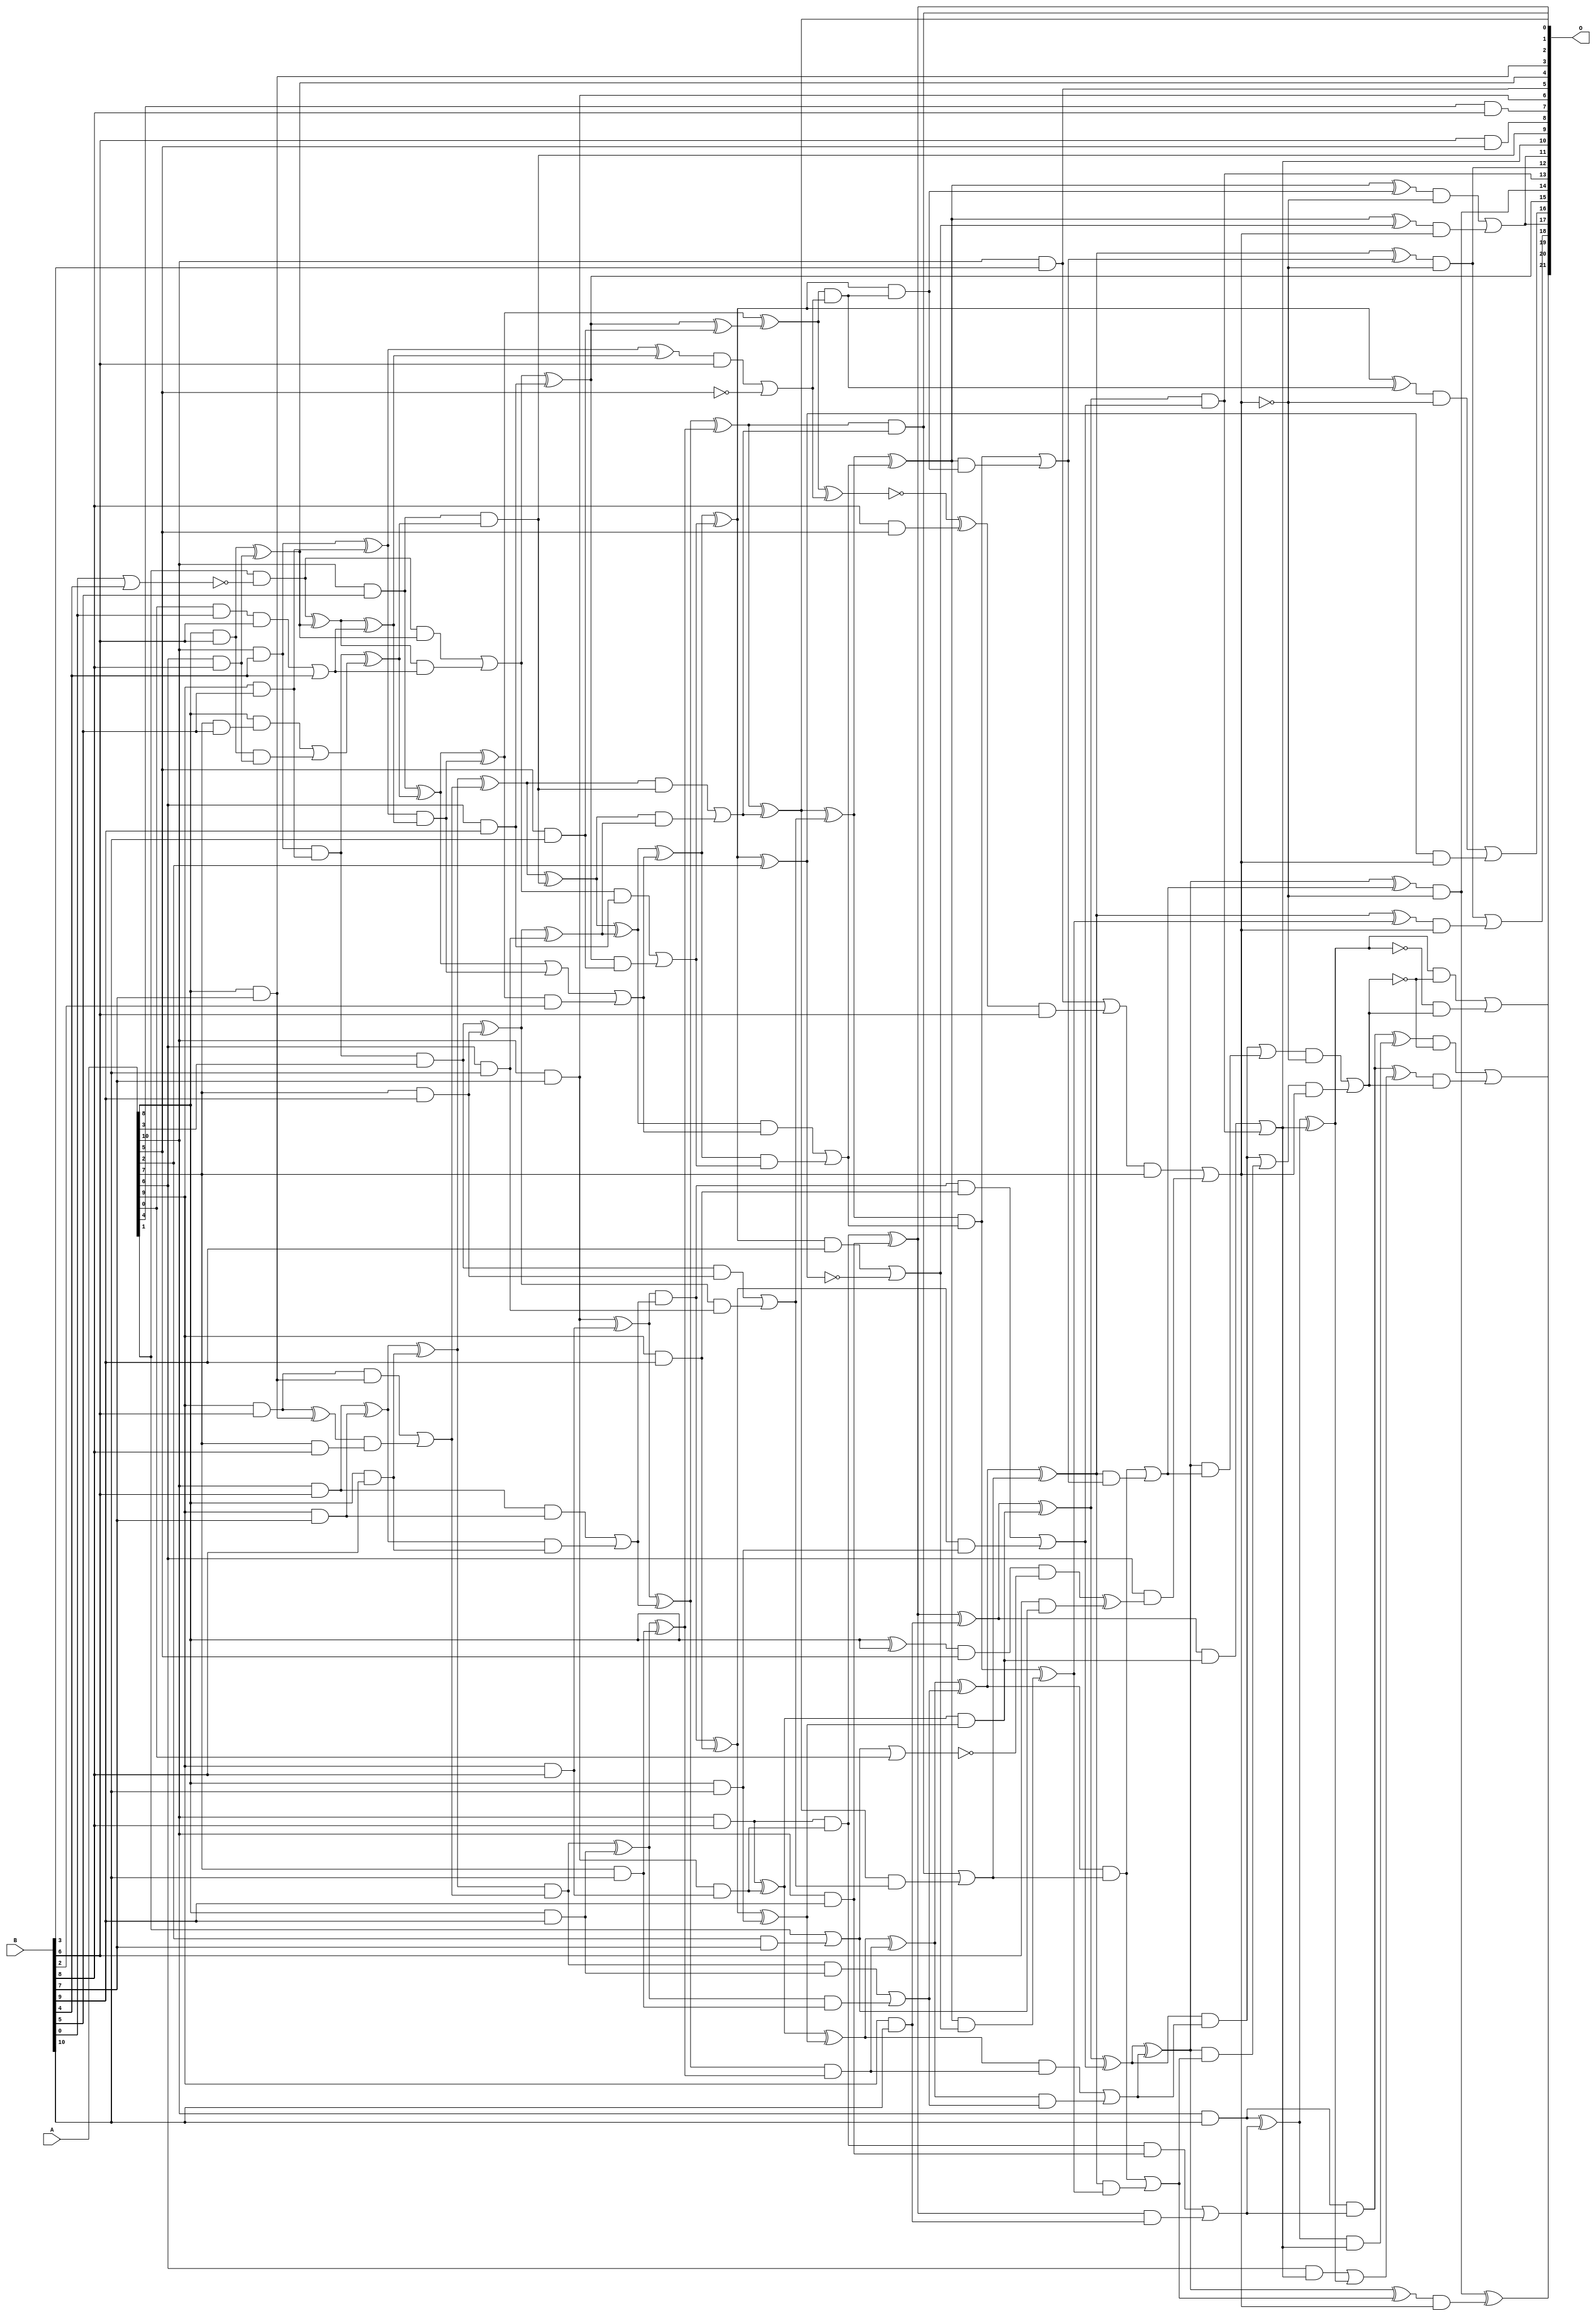
// This program was cloned from: https://github.com/ehw-fit/evoapproxlib
// License: MIT License

/***
* This code is a part of EvoApproxLib library (ehw.fit.vutbr.cz/approxlib) distributed under The MIT License.
* When used, please cite the following article(s): V. Mrazek, S. S. Sarwar, L. Sekanina, Z. Vasicek and K. Roy, "Design of power-efficient approximate multipliers for approximate artificial neural networks," 2016 IEEE/ACM International Conference on Computer-Aided Design (ICCAD), Austin, TX, 2016, pp. 1-7. doi: 10.1145/2966986.2967021 
* This file contains a circuit from a sub-set of pareto optimal circuits with respect to the pwr and ep parameters
***/
// MAE% = 1.18 %
// MAE = 49343 
// WCE% = 6.03 %
// WCE = 252964 
// WCRE% = 3051.52 %
// EP% = 99.90 %
// MRE% = 19.95 %
// MSE = 37290.89e5 
// PDK45_PWR = 0.236 mW
// PDK45_AREA = 524.2 um2
// PDK45_DELAY = 1.13 ns


module mul11u_0DX(A, B, O);
  input [10:0] A, B;
  output [21:0] O;
  wire [10:0] A, B;
  wire [21:0] O;
  wire sig_75, sig_76, sig_86, sig_87, sig_95, sig_96;
  wire sig_97, sig_98, sig_106, sig_107, sig_108, sig_109;
  wire sig_116, sig_117, sig_118, sig_119, sig_120, sig_127;
  wire sig_128, sig_129, sig_130, sig_131, sig_137, sig_138;
  wire sig_139, sig_140, sig_141, sig_142, sig_235, sig_238;
  wire sig_239, sig_240, sig_269, sig_272, sig_273, sig_274;
  wire sig_275, sig_277, sig_278, sig_279, sig_280, sig_282;
  wire sig_283, sig_284, sig_285, sig_286, sig_287, sig_288;
  wire sig_289, sig_376, sig_377, sig_378, sig_379, sig_380;
  wire sig_381, sig_382, sig_384, sig_385, sig_386, sig_387;
  wire sig_388, sig_389, sig_390, sig_391, sig_420, sig_441;
  wire sig_442, sig_444, sig_473, sig_474, sig_475, sig_476;
  wire sig_477, sig_478, sig_479, sig_480, sig_481, sig_482;
  wire sig_483, sig_484, sig_485, sig_486, sig_487, sig_488;
  wire sig_489, sig_490, sig_491, sig_493, sig_494, sig_495;
  wire sig_496, sig_538, sig_539, sig_540, sig_542, sig_543;
  wire sig_544, sig_545, sig_546, sig_547, sig_548, sig_549;
  wire sig_550, sig_551, sig_552, sig_553, sig_554, sig_555;
  wire sig_556, sig_575, sig_591, sig_592, sig_593, sig_595;
  wire sig_596, sig_597, sig_598, sig_599, sig_600, sig_601;
  wire sig_604, sig_605, sig_606, sig_607, sig_608, sig_609;
  wire sig_610, sig_611, sig_612, sig_613, sig_615, sig_617;
  wire sig_618, sig_621, sig_623, sig_625, sig_652, sig_655;
  wire sig_691, sig_692, sig_693, sig_694, sig_707, sig_708;
  wire sig_709, sig_711, sig_748, sig_749, sig_750, sig_751;
  wire sig_752, sig_753, sig_754, sig_755, sig_756, sig_757;
  wire sig_758, sig_759, sig_760, sig_761, sig_762, sig_763;
  wire sig_764, sig_765, sig_766, sig_767, sig_768, sig_769;
  wire sig_770, sig_771, sig_772, sig_773, sig_774, sig_775;
  wire sig_776, sig_777, sig_778, sig_779, sig_780, sig_781;
  wire sig_782, sig_783, sig_784, sig_785, sig_786, sig_787;
  wire sig_788, sig_789, sig_791, sig_792, sig_793, sig_795;
  wire sig_797, sig_799, sig_801, sig_803, sig_804, sig_805;
  wire sig_806, sig_807, sig_808, sig_810, sig_811, sig_812;
  wire sig_813, sig_814, sig_816, sig_817, sig_818, sig_819;
  wire sig_821, sig_822, sig_823;
  assign O[3] = A[8] & B[7];
  assign sig_75 = !(B[0] | B[4]);
  assign sig_76 = A[10] & B[4];
  assign sig_86 = A[9] & B[5];
  assign sig_87 = A[10] & B[5];
  assign sig_95 = A[0] & B[0];
  assign sig_96 = A[8] & B[6];
  assign sig_97 = A[9] & B[6];
  assign sig_98 = A[10] & B[6];
  assign sig_106 = A[7] & B[5];
  assign sig_107 = A[8] & B[7];
  assign sig_108 = A[9] & B[7];
  assign sig_109 = A[10] & B[7];
  assign O[7] = A[4] & B[8];
  assign sig_116 = A[6] & B[8];
  assign sig_117 = A[7] & B[8];
  assign sig_118 = A[8] & B[8];
  assign sig_119 = A[9] & B[8];
  assign sig_120 = A[10] & B[8];
  assign sig_127 = A[6] & B[9];
  assign sig_128 = A[7] & B[9];
  assign sig_129 = A[8] & B[9];
  assign sig_130 = A[9] & B[9];
  assign sig_131 = A[10] & B[9];
  assign sig_137 = A[5] & B[10];
  assign sig_138 = A[6] & B[10];
  assign sig_139 = A[7] & B[10];
  assign sig_140 = A[8] & B[10];
  assign sig_141 = A[9] & B[10];
  assign sig_142 = A[10] & B[10];
  assign O[8] = B[6] & A[5];
  assign sig_235 = A[1] & sig_75;
  assign sig_238 = sig_235;
  assign sig_239 = sig_76 & sig_86;
  assign sig_240 = sig_76 ^ sig_86;
  assign O[6] = B[7] & A[10];
  assign sig_269 = sig_95 & B[6];
  assign sig_272 = sig_269 | B[4];
  assign sig_273 = sig_96;
  assign sig_274 = A[8] & sig_106;
  assign sig_275 = sig_273 & sig_116;
  assign O[4] = sig_273 ^ sig_116;
  assign sig_277 = sig_274 | sig_275;
  assign sig_278 = sig_97 ^ sig_107;
  assign sig_279 = sig_97 & sig_107;
  assign sig_280 = sig_278 & sig_117;
  assign sig_282 = sig_279 | sig_280;
  assign sig_283 = sig_98 ^ sig_108;
  assign sig_284 = sig_98 & sig_108;
  assign sig_285 = sig_283 & sig_118;
  assign sig_286 = sig_283 ^ sig_118;
  assign sig_287 = sig_284 | sig_285;
  assign sig_288 = sig_109 & sig_119;
  assign sig_289 = sig_109 ^ sig_119;
  assign sig_376 = sig_238 ^ O[4];
  assign sig_377 = sig_238 & O[4];
  assign sig_378 = sig_376 & sig_272;
  assign sig_379 = sig_376 ^ sig_272;
  assign sig_380 = sig_377 | sig_378;
  assign sig_381 = sig_239;
  assign sig_382 = sig_239 & A[3];
  assign sig_384 = sig_381 ^ sig_277;
  assign sig_385 = sig_382;
  assign sig_386 = sig_286 & sig_282;
  assign sig_387 = sig_286 ^ sig_282;
  assign sig_388 = sig_289 & sig_287;
  assign sig_389 = sig_289 ^ sig_287;
  assign sig_390 = sig_120 & sig_288;
  assign sig_391 = sig_120 ^ sig_288;
  assign sig_420 = B[3];
  assign sig_441 = sig_240 & sig_379;
  assign sig_442 = sig_240 ^ sig_379;
  assign O[9] = sig_87 & sig_384;
  assign sig_444 = sig_87 ^ sig_384;
  assign O[15] = sig_380 ^ sig_127;
  assign sig_473 = sig_380 & sig_127;
  assign sig_474 = O[15] & sig_137;
  assign sig_475 = O[15] ^ sig_137;
  assign sig_476 = sig_473 | sig_474;
  assign sig_477 = sig_385 ^ sig_128;
  assign sig_478 = sig_385 & sig_128;
  assign sig_479 = sig_477 & sig_138;
  assign sig_480 = sig_477 ^ sig_138;
  assign sig_481 = sig_478 | sig_479;
  assign sig_482 = sig_386 ^ sig_129;
  assign sig_483 = sig_386 & sig_129;
  assign sig_484 = sig_482 & sig_139;
  assign sig_485 = sig_482 ^ sig_139;
  assign sig_486 = sig_483 | sig_484;
  assign sig_487 = sig_388 ^ sig_130;
  assign sig_488 = sig_388 & sig_130;
  assign sig_489 = sig_487 & sig_140;
  assign sig_490 = sig_487 ^ sig_140;
  assign sig_491 = sig_488 | sig_489;
  assign O[0] = sig_390 ^ sig_131;
  assign sig_493 = sig_390 & sig_131;
  assign sig_494 = O[0] & sig_141;
  assign sig_495 = O[0] ^ sig_141;
  assign sig_496 = sig_493 | sig_494;
  assign O[5] = A[10] & sig_420;
  assign sig_538 = A[5];
  assign sig_539 = sig_442 & B[6];
  assign sig_540 = !sig_538;
  assign sig_542 = sig_539 | sig_540;
  assign sig_543 = sig_444 ^ sig_441;
  assign sig_544 = sig_444 | sig_441;
  assign sig_545 = sig_543 & B[2];
  assign sig_546 = sig_543 ^ sig_475;
  assign sig_547 = sig_544 | sig_545;
  assign sig_548 = sig_387 ^ O[9];
  assign sig_549 = sig_387 & O[9];
  assign sig_550 = sig_548 & sig_480;
  assign sig_551 = sig_548 ^ sig_480;
  assign sig_552 = sig_549 | sig_550;
  assign sig_553 = sig_389 & sig_485;
  assign sig_554 = sig_389 ^ sig_485;
  assign sig_555 = sig_391 & sig_490;
  assign sig_556 = sig_391 ^ sig_490;
  assign sig_575 = A[8] ^ A[8];
  assign sig_591 = B[8] & A[5];
  assign sig_592 = sig_546 ^ sig_542;
  assign sig_593 = sig_546 & sig_542;
  assign sig_595 = !sig_592;
  assign sig_596 = sig_593;
  assign sig_597 = sig_551 ^ sig_547;
  assign sig_598 = sig_551 & sig_547;
  assign sig_599 = sig_597 & sig_476;
  assign sig_600 = sig_597 ^ sig_476;
  assign sig_601 = sig_598 | sig_599;
  assign O[1] = sig_554 ^ sig_552;
  assign O[2] = sig_554 & sig_552;
  assign sig_604 = O[1] & sig_481;
  assign sig_605 = O[1] ^ sig_481;
  assign sig_606 = O[2] | sig_604;
  assign sig_607 = sig_556 ^ sig_553;
  assign sig_608 = sig_556 & sig_553;
  assign sig_609 = sig_607 & sig_486;
  assign sig_610 = sig_607 ^ sig_486;
  assign sig_611 = sig_608 | sig_609;
  assign sig_612 = sig_495 ^ sig_555;
  assign sig_613 = sig_495 & sig_555;
  assign O[13] = sig_612 & sig_491;
  assign sig_615 = sig_612 ^ sig_491;
  assign O[10] = sig_613 | O[13];
  assign sig_617 = sig_142 & sig_496;
  assign sig_618 = sig_142 ^ sig_496;
  assign sig_621 = A[2];
  assign sig_623 = sig_621 & B[7];
  assign sig_625 = A[1] | sig_623;
  assign sig_652 = sig_575 & A[5];
  assign sig_655 = sig_652;
  assign sig_691 = !(sig_625 | A[0]);
  assign sig_692 = sig_655 & sig_691;
  assign sig_693 = B[6] & sig_625;
  assign sig_694 = sig_692 ^ sig_693;
  assign sig_707 = sig_595 ^ sig_591;
  assign sig_708 = B[3] & A[10];
  assign sig_709 = sig_707 & B[6];
  assign sig_711 = sig_708 | sig_709;
  assign sig_748 = sig_711 & A[7];
  assign sig_749 = A[6] & sig_694;
  assign sig_750 = sig_748 | sig_749;
  assign sig_751 = sig_600 ^ sig_596;
  assign sig_752 = sig_600 & sig_596;
  assign sig_753 = sig_605 ^ sig_601;
  assign sig_754 = sig_605 & sig_601;
  assign sig_755 = sig_753 & sig_752;
  assign sig_756 = sig_753 ^ sig_752;
  assign sig_757 = sig_754 | sig_755;
  assign sig_758 = sig_610 ^ sig_606;
  assign sig_759 = sig_610 & sig_606;
  assign sig_760 = sig_758 & sig_757;
  assign sig_761 = sig_758 ^ sig_757;
  assign sig_762 = sig_759 | sig_760;
  assign sig_763 = sig_615 ^ sig_611;
  assign sig_764 = sig_615 & sig_611;
  assign sig_765 = sig_763 & sig_762;
  assign sig_766 = sig_763 ^ sig_762;
  assign sig_767 = sig_764 | sig_765;
  assign sig_768 = !(sig_600 ^ A[2]);
  assign sig_769 = sig_600 & B[9];
  assign sig_770 = !sig_768;
  assign sig_771 = sig_769 | sig_768;
  assign sig_772 = sig_605 ^ sig_601;
  assign sig_773 = sig_605 & sig_601;
  assign sig_774 = sig_772 & sig_771;
  assign sig_775 = sig_772 ^ sig_771;
  assign sig_776 = sig_773 ^ sig_774;
  assign sig_777 = sig_610 ^ sig_606;
  assign sig_778 = sig_610 & sig_606;
  assign sig_779 = sig_777 & sig_776;
  assign sig_780 = sig_777 ^ sig_776;
  assign sig_781 = sig_778 | sig_779;
  assign sig_782 = sig_615 ^ sig_611;
  assign sig_783 = sig_615 & sig_611;
  assign sig_784 = sig_782 & sig_781;
  assign sig_785 = sig_782 ^ sig_781;
  assign sig_786 = sig_783 | sig_784;
  assign sig_787 = !sig_750;
  assign sig_788 = sig_751 & sig_787;
  assign sig_789 = sig_770 & sig_750;
  assign O[16] = sig_788 | sig_789;
  assign sig_791 = !sig_750;
  assign sig_792 = sig_756 & sig_791;
  assign sig_793 = sig_775 & sig_750;
  assign O[11] = sig_792 | sig_793;
  assign sig_795 = !sig_750;
  assign O[12] = sig_761 & sig_795;
  assign sig_797 = sig_780 & sig_750;
  assign O[18] = O[12] | sig_797;
  assign sig_799 = !sig_750;
  assign O[14] = sig_766 & sig_799;
  assign sig_801 = sig_785 & sig_750;
  assign O[19] = O[14] ^ sig_801;
  assign sig_803 = !sig_750;
  assign sig_804 = sig_767 & sig_803;
  assign sig_805 = sig_786 & sig_750;
  assign sig_806 = sig_804 | sig_805;
  assign sig_807 = sig_618 ^ O[10];
  assign sig_808 = sig_618 & O[10];
  assign sig_810 = sig_617 ^ sig_808;
  assign sig_811 = sig_618 ^ O[10];
  assign sig_812 = A[6] & O[10];
  assign sig_813 = !sig_811;
  assign sig_814 = sig_812 | sig_811;
  assign sig_816 = sig_617 ^ sig_814;
  assign sig_817 = !sig_806;
  assign sig_818 = sig_807 & sig_817;
  assign sig_819 = sig_813 & sig_806;
  assign O[20] = sig_818 | sig_819;
  assign sig_821 = !sig_806;
  assign sig_822 = sig_810 & sig_821;
  assign sig_823 = sig_816 & sig_806;
  assign O[21] = sig_822 | sig_823;
  assign O[17] = O[11];
endmodule